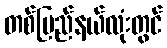
တစ်ပြည်နယ်လုံးတွင်